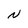
Character: N